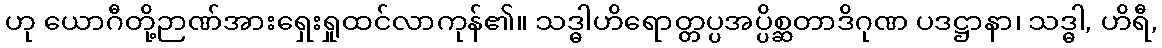
ဟု ယောဂီတို့ဉာဏ်အားရှေးရှုထင်လာကုန်၏။ သဒ္ဓါဟိရောတ္တပ္ပအပ္ပိစ္ဆတာဒိဂုဏ ပဒဋ္ဌာနာ၊ သဒ္ဓါ, ဟိရီ,